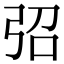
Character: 弨